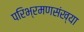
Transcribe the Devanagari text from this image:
परिभ्रमणसंख्या